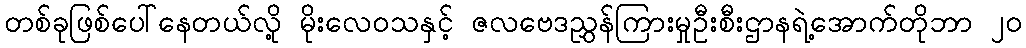
တစ်ခုဖြစ်ပေါ်နေတယ်လို့ မိုးလေဝသနှင့် ဇလဗေဒညွှန်ကြားမှုဦးစီးဌာနရဲ့အောက်တိုဘာ ၂၀